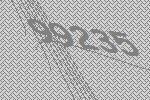
99235